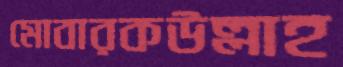
মোবারকউল্লাহ